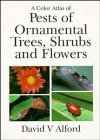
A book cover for A Color Atlas of Pests of Ornamental Trees, Shrubs and Flowers; David V. Alford; Crafts, Hobbies & Home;